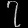
Digit: ၇